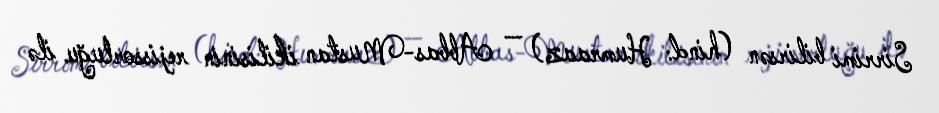
Sirrimi bilirsən (hind: Humraaz) — Abbas-Mustan ikilisinin rejissorluğu ilə